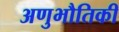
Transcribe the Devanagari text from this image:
अणुभौतिकी